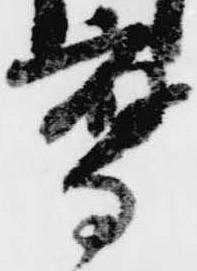
鷹